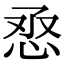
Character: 𢙎